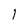
Character: 1